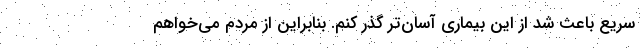
سریع باعث شد از این بیماری آسان‌تر گذر کنم. بنابراین از مردم می‌خواهم